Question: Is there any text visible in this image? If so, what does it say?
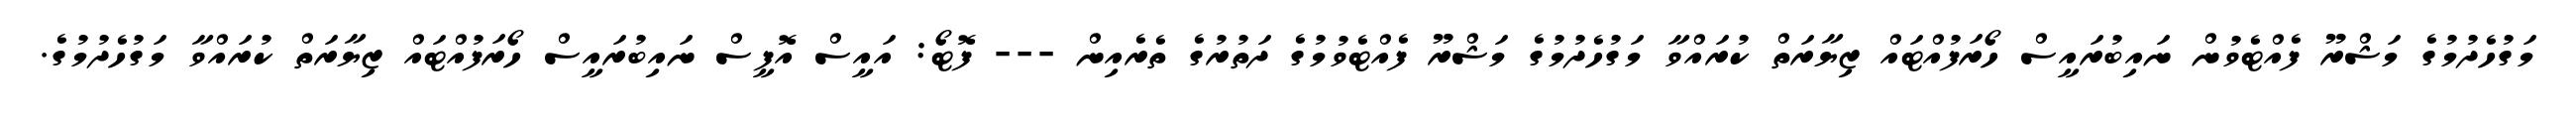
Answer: މަގުހެދުމުގެ މަޝްރޫ ފެއްޓެވުން ނައިބުރައީސް ހޯރަފުއްޓައް ޒިޔާރަތް ކުރައްވާ މަގުހެދުމުގެ މަޝްރޫ ފެއްޓެވުމުގެ ދަތުރުގެ ތެރެއިން --- ފޮޓޯ: އައީސް އޮފީސް ނައިބުރައީސް ހޯރަފުއްޓައް ޒިޔާރަތް ކުރައްވާ މަގުހެދުމުގެ.